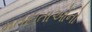
મતદાતાઓનો